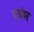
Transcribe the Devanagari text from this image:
पचंम